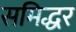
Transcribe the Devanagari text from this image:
समिद्धर